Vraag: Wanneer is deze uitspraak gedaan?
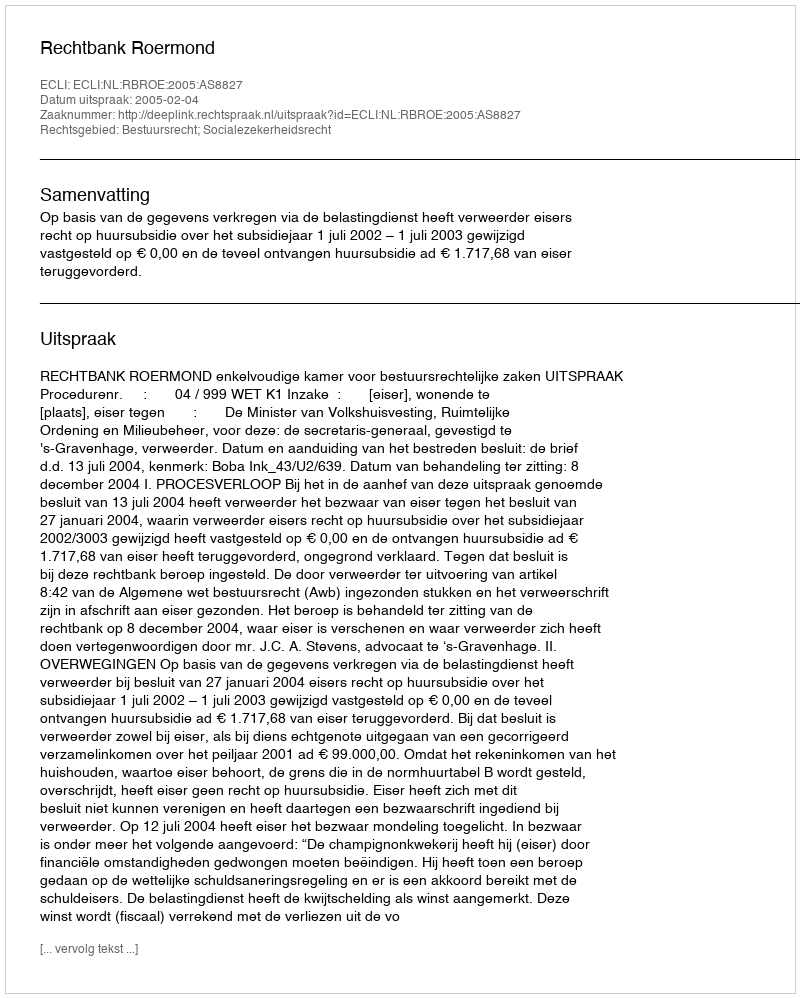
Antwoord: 2005-02-04